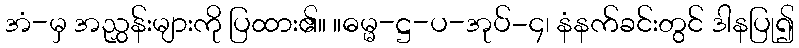
အံ-မှ အညွှန်းများကို ပြထား၏။ ။ဓမ္မ-ဋ္ဌ-ပ-အုပ်-၄၊ နံနက်ခင်းတွင် ဒါနပြု၍